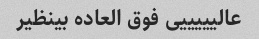
عالیییییی فوق العاده بینظیر